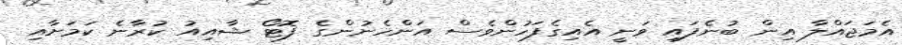
އެމަޖައްލާ އިން ބުނެފައި ވަނީ އެއިގެފަހުންވެސް އަންހެނުންގެ ފޮޓޯ ޝާއިއު ކުރާނެ ކަމަށާއި